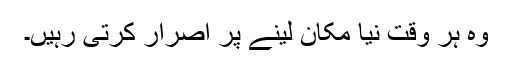
وہ ہر وقت نیا مکان لینے پر اصرار کرتی رہیں۔